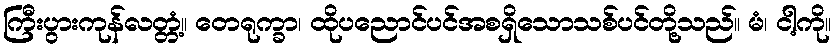
ကြီးပွားကုန်လတ္တံ့။ တေရုက္ခာ၊ ထိုပညောင်ပင်အစရှိသောသစ်ပင်တို့သည်။ မံ၊ ငါ့ကို။